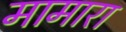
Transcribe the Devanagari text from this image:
मामारा